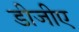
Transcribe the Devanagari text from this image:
डीजीए